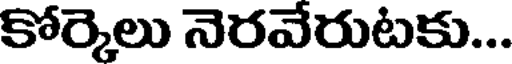
కోర్కెలు నెరవేరుటకు...